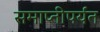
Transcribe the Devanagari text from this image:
समाप्‍तीपर्यंत